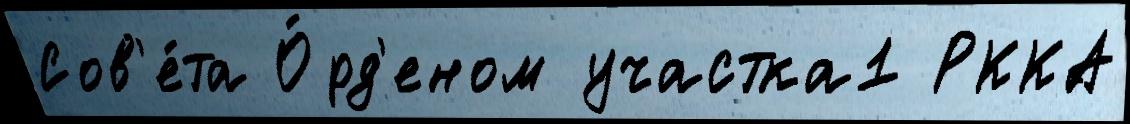
Сов'е́та О́рд'еном участка1 РККА